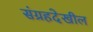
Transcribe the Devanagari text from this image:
संग्रहदेखील